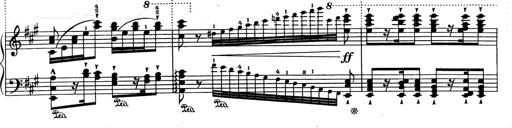
Title: RÃ©miniscences de Don Juan
Composer: Franz Liszt